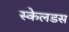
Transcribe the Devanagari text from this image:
स्केलडस